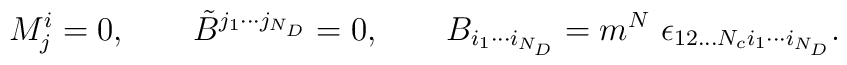
M^i_j =0, \qquad \tilde B^{j_1\cdots j_{N_D}} =0,\qquad B_{i_1 \cdots i_{N_D}} =m^{N} \ \epsilon_{12...N_c i_1 \cdots i_{N_D}}.